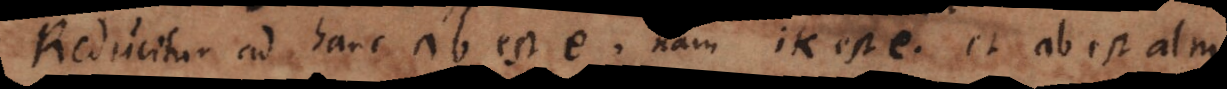
reducitur ad hanc ab est e, nam ik est e et ab est alm.